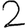
Digit: 2